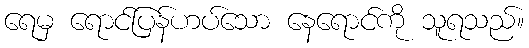
ရေမှ ရောင်ပြန်ဟပ်သော နေရောင်ကို သူရသည်။